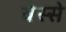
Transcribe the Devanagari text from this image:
वेस्से